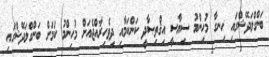
ބަންގްލަދޭޝްގައި ހިނގާ މުހިންމު ސިޔާސީ އިޤްތިޞާދީ ކަންކަމާއި ދިވެހިރާއްޖެއަށް މުހިންމު ކަމަށް ބަންގްލަދޭޝްގައި